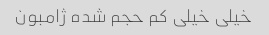
خیلی خیلی کم حجم شده ژامبون